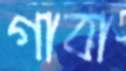
গাবা